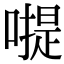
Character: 𠽮